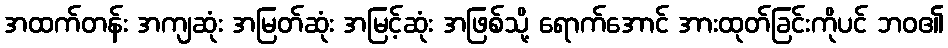
အထက်တန်း အကျဆုံး အမြတ်ဆုံး အမြင့်ဆုံး အဖြစ်သို့ ရောက်အောင် အားထုတ်ခြင်းကိုပင် ဘဝ၏